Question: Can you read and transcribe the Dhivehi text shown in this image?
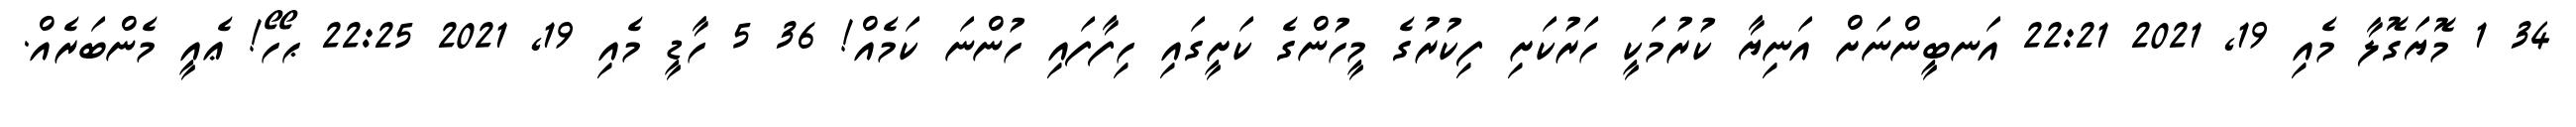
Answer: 34 1 މޮޔަގޮލާ މެއި 19, 2021 22:21 އަނބީންނަށް އަނިޔާ ކުރުމަކީ ހަރުކަށި ފިކުރުގެ މީހުންގެ ކަށީގައި ހިފާފައި ހުންނަ ކަމެއް! 36 5 ހާޑީ މެއި 19, 2021 22:25 ޙޯހޯ! ޢެއީ މެންބަރެއް.